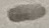
Text: -